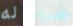
له شيء